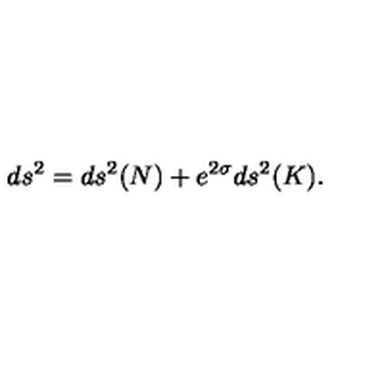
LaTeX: d s ^ { 2 } = d s ^ { 2 } ( N ) + e ^ { 2 \sigma } d s ^ { 2 } ( K ) .